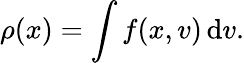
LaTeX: \rho(x)=\int f(x,v)\, \mathrm{d}v.